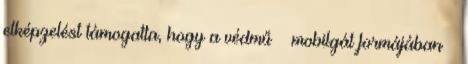
elképzelést támogatta, hogy a védmű – mobilgát formájában –